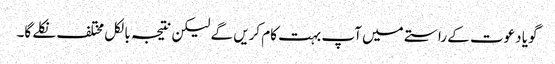
گویا دعوت کے راستے میں آپ بہت کام کریں گے لیکن نتیجہ بالکل مختلف نکلے گا۔